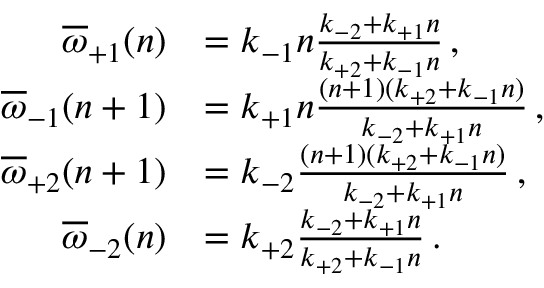
\begin{array} { r l } { \overline { { \omega } } _ { + 1 } ( n ) } & { = k _ { - 1 } n \frac { k _ { - 2 } + k _ { + 1 } n } { k _ { + 2 } + k _ { - 1 } n } \, , } \\ { \overline { { \omega } } _ { - 1 } ( n + 1 ) } & { = k _ { + 1 } n \frac { ( n + 1 ) ( k _ { + 2 } + k _ { - 1 } n ) } { k _ { - 2 } + k _ { + 1 } n } \, , } \\ { \overline { { \omega } } _ { + 2 } ( n + 1 ) } & { = k _ { - 2 } \frac { ( n + 1 ) ( k _ { + 2 } + k _ { - 1 } n ) } { k _ { - 2 } + k _ { + 1 } n } \, , } \\ { \overline { { \omega } } _ { - 2 } ( n ) } & { = k _ { + 2 } \frac { k _ { - 2 } + k _ { + 1 } n } { k _ { + 2 } + k _ { - 1 } n } \, . } \end{array}